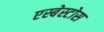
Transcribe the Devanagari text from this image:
एस्बेस्टोस